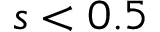
s < 0 . 5